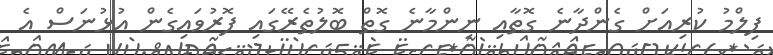
ފިލްމު ކުރިއަށް ގެންދާނެ ގޮތާއި ނިންމާނެ ގޮތް ބޮލުތެރޭގައި ފޮރުވައިގެން އުޅުނަސް އެ